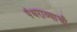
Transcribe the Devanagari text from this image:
पंधराव्याची